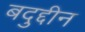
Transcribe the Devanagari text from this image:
बदुद्दीन